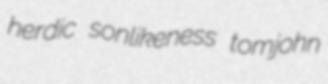
herdic sonlikeness tomjohn